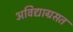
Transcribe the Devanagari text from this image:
अविद्याग्रसत